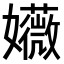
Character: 𫲛